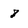
Character: 8